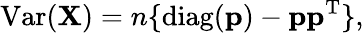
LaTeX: \operatorname{Var}(\mathbf{X})=n\lbrace\operatorname{diag}(\mathbf{p})-\mathbf{p}\mathbf{p}^{\mathrm{{T}}}\rbrace,